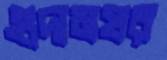
গুদামঘর